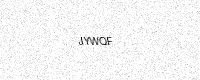
Text: JYWQF